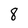
Character: 8